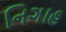
નિગાહ